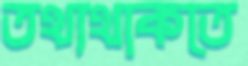
তথ্যথাকতে